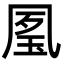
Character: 㓘